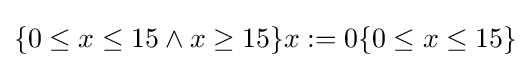
\{0\leq x\leq 15\wedge x\geq 15\}x:=0\{0\leq x\leq 15\}